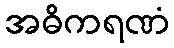
အဓိကရဏံ